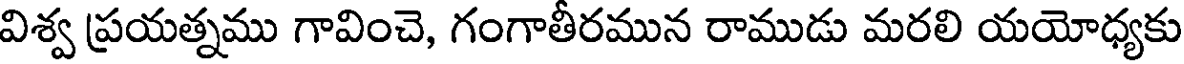
విశ్వ ప్రయత్నము గావించె, గంగాతీరమున రాముడు మరలి యయోధ్యకు